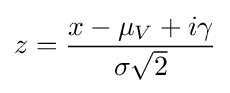
z={\frac {x-\mu _{V}+i\gamma }{\sigma {\sqrt {2}}}}